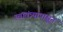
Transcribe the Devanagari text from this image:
स्वातंत्र्यापासून